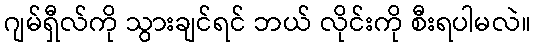
ဂျမ်ရှီလ်ကို သွားချင်ရင် ဘယ် လိုင်းကို စီးရပါမလဲ။